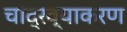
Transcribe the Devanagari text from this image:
चांद्रव्याकरण